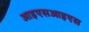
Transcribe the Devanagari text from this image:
आइएसआइएस